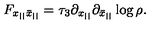
F _ { x _ { | | } \bar { x } _ { | | } } = \tau _ { 3 } \partial _ { x _ { | | } } \partial _ { \bar { x } _ { | | } } \log \rho .